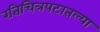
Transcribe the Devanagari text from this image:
रतिचित्रपटातल्या